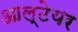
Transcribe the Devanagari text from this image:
आल्टेयर